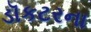
ડૉકટરના